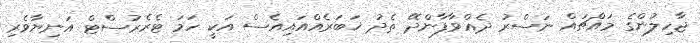
ޖާހިލުންގެ މައްޗައް ނަސްރު ދެއްވާފާންދޭ ތެދު ޚަބަރެއްއައިއެސް އަކީ ހަމަ ޓެރެރުސްޓް އަނިޔާވެރި